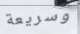
وسريعة